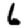
Digit: 6